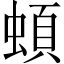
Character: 蝢